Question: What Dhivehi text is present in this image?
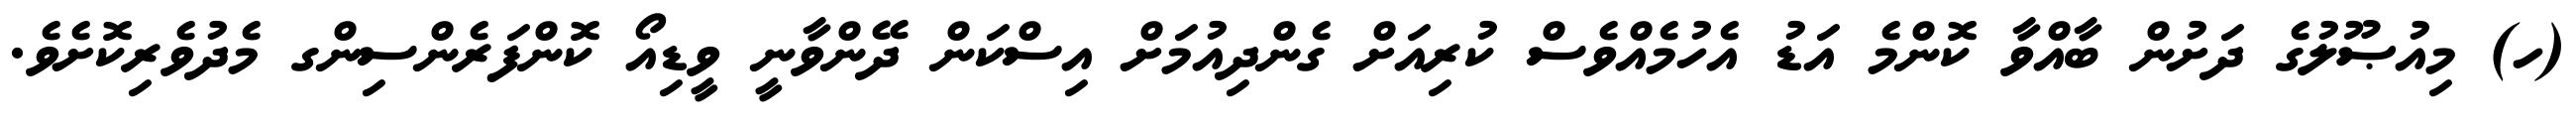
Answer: (ހ) މިއުޞޫލުގެ ދަށުން ބާއްވާ ކޮންމެ އަޑު އެހުމެއްވެސް ކުރިއަށް ގެންދިއުމަށް އިސްކަން ދޭންވާނީ ވީޑިއޯ ކޮންފަރެންސިންގ މެދުވެރިކޮށެވެ.